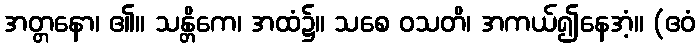
အတ္တနော၊ ၏။ သန္တိကေ၊ အထံ၌။ သစေ ဝသတိ၊ အကယ်၍နေအံ့။ (ဧဝံ